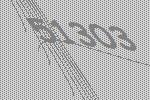
51303